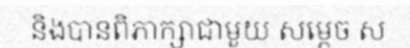
និងបានពិភាក្សាជាមួយ សម្តេច ស